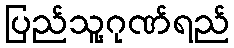
ပြည်သူ့ဂုဏ်ရည်